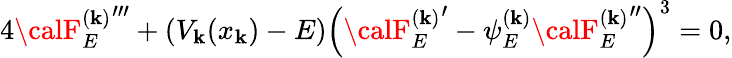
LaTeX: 4{{\calF}_{E}^{(\mathbf{k})}}^{\prime\prime\prime}+(V_{\mathbf{k}}(x_{\mathbf{k}})-E)\left({{\calF}_{E}^{(\mathbf{k})}}^{\prime}-\psi_{E}^{(\mathbf{k})}{{\calF}_{E}^{(\mathbf{k})}}^{\prime\prime}\right)^{3}=0,